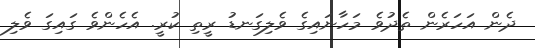
ދެން އަހަރެން ތެދުވެ މަހާނައިގެ ވެލިގަނޑު ރީތި ކުރީ. އެހެންވެ ގައިގަ ވެލި